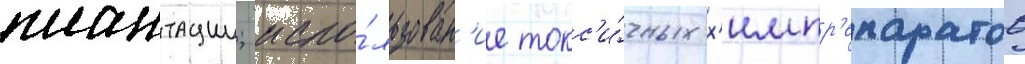
плантации; испо́льзован'ие токс'и́чных х'импр'епаратов